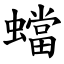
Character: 蟷